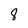
Character: 8